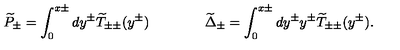
\widetilde { P } _ { \pm } = \int _ { 0 } ^ { x \pm } d y ^ { \pm } \widetilde { T } _ { \pm \pm } ( y ^ { \pm } ) \qquad \qquad \widetilde { \Delta } _ { \pm } = \int _ { 0 } ^ { x \pm } d y ^ { \pm } y ^ { \pm } \widetilde { T } _ { \pm \pm } ( y ^ { \pm } ) .